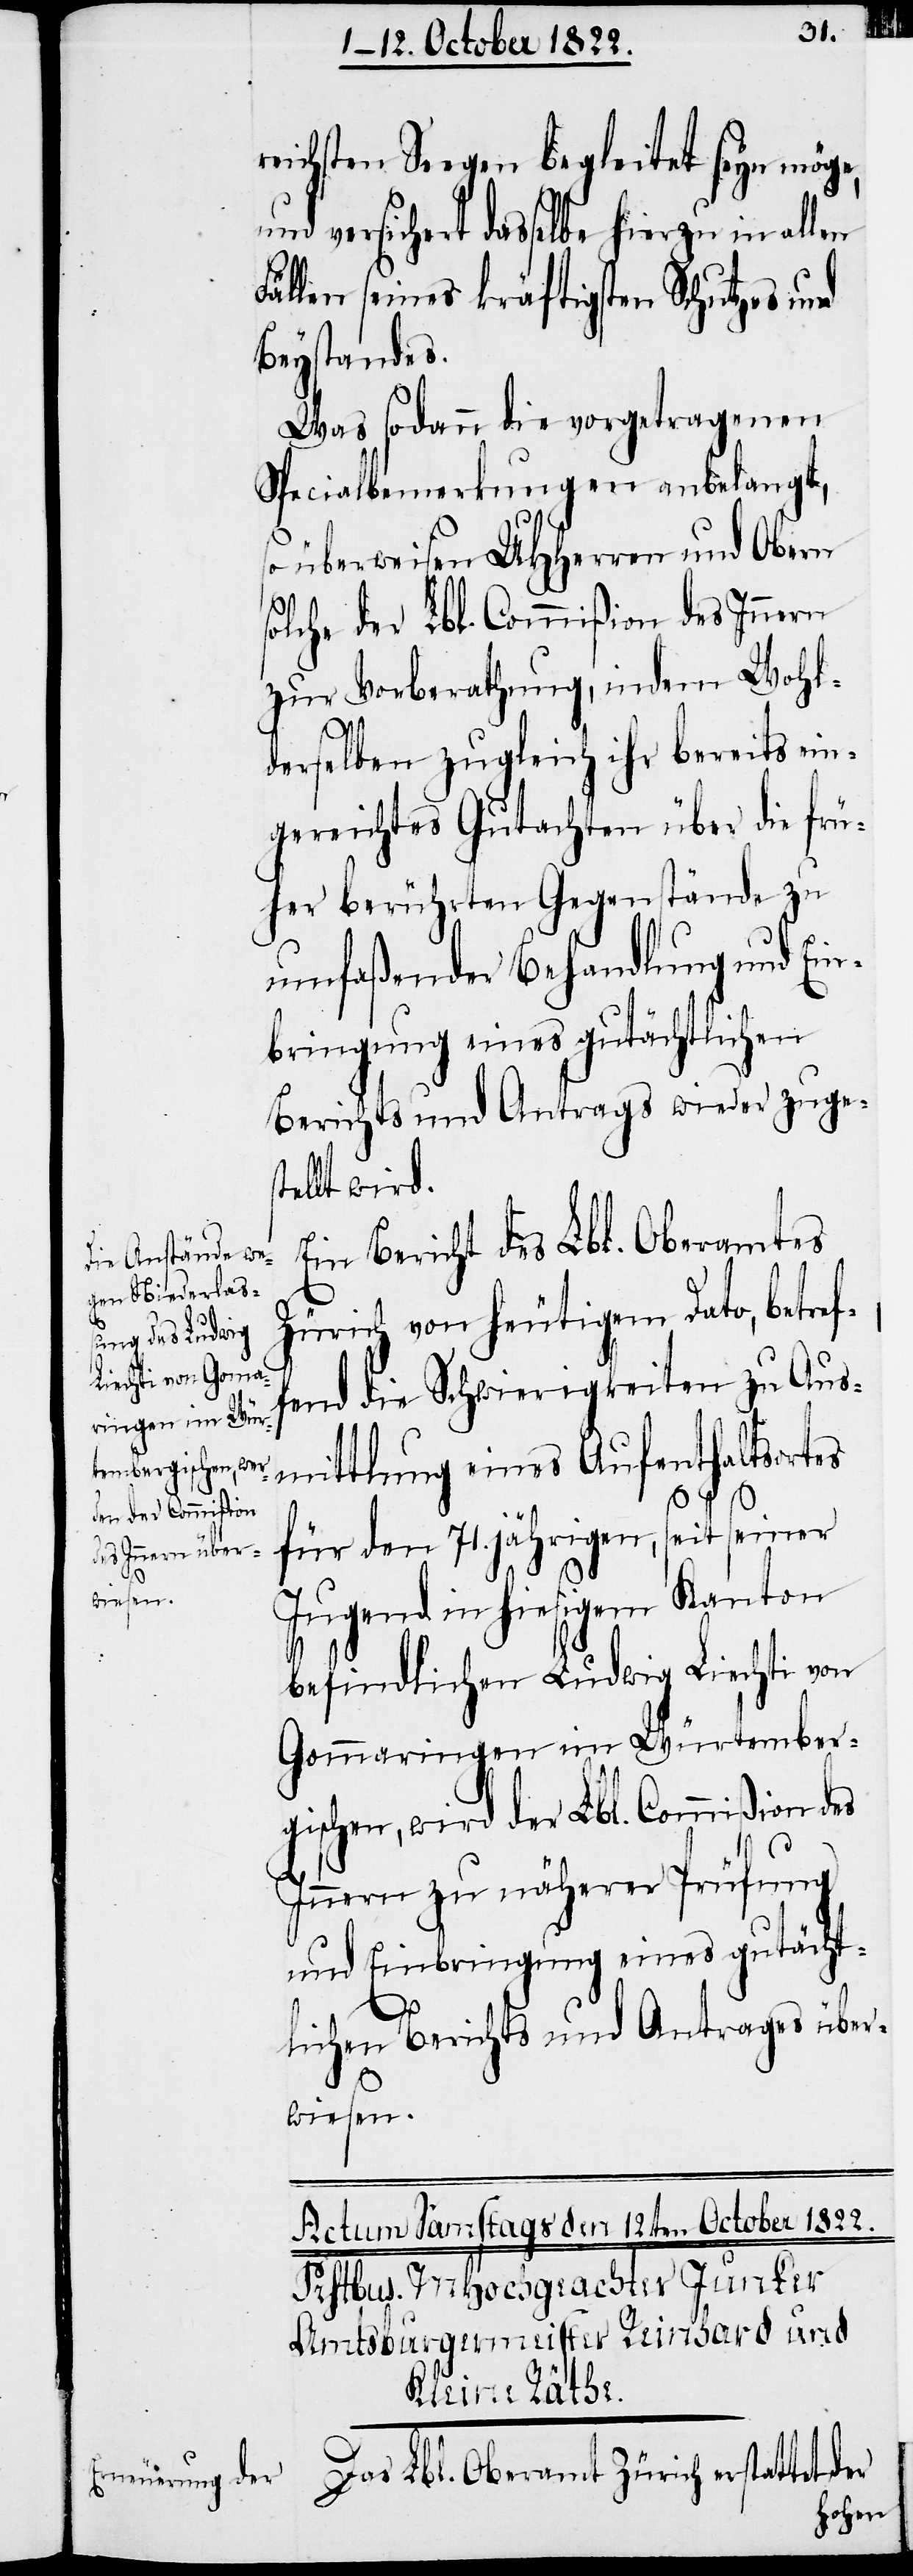
reichsten Seegen begleitet seyn möge,
und versichert dasselbe hierzu in allen
len seines kräftigsten Schutzes und
Beystandes.
Was sodann die vorgetragenen
Specialbemerkungen anbelangt,
so überweisen UHHerren und Obern
solche der Lbl. Commißion des Innern
zur Vorberathung, indem Wohl¬
Fäl¬
derselben zugleich ihr bereits ein¬
gereichtes Gutachten über die frü¬
her berührten Gegenstände zu
umfaßender Behandlung und Ein¬
bringung eines gutächtlichen
Berichts und Antrags wieder zuges¬
tellt wird.
Ein Bericht des Lbl. Oberamtes
Zürich von heutigem Dato, betref¬
fend die Schwierigkeiten zu Aus¬
mittlung eines Aufenthaltsortes
für den 71. jährigen, seit seiner
Jugend in hiesigem Kanton
befindlichen Ludwig Liechti von
Gommaringen [sic!] im Würtember¬
gischen, wird der Lbl. Commißion des
Innern zu näherer Prüfung
und Einbringung eines gutächt¬
lichen Berichts und Antrages über¬
wiesen.
Das Lbl. Oberamt Zürich erstattet der